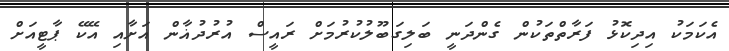
އެކަމަކު އިދިކޮޅު ފަރާތްތަކުން ގެންދަނީ ބަލިގަބޫލުކުރުމަށް ރައީސް އުރުދުޣާން އަށާއި އޭކޭ ޕާޓީއަށް